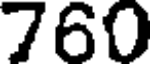
760